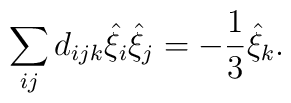
\sum_{ij}d_{ijk}\hat{\xi}_i\hat{\xi}_j=-\frac{1}{3}\hat{\xi}_k.